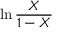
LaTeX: \ln { \frac { X } { 1 - X } }